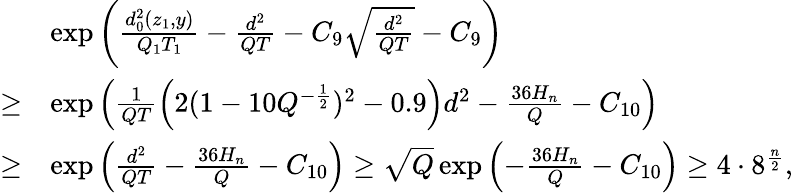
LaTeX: \begin{array}{rl}&{\exp\left(\frac{d_{0}^{2}(z_{1},y)}{Q_{1}T_{1}}-\frac{d^{2}}{QT}-C_{9}\sqrt{\frac{d^{2}}{QT}}-C_{9}\right)}\\ {\ge}&{\exp\left(\frac{1}{QT}\left(2(1-10Q^{-\frac 12})^{2}-0.9\right)d^{2}-\frac{36H_{n}}{Q}-C_{10}\right)}\\ {\ge}&{\exp\left(\frac{d^{2}}{QT}-\frac{36H_{n}}{Q}-C_{10}\right)\ge\sqrt{Q}\exp\left(-\frac{36H_{n}}{Q}-C_{10}\right)\ge 4\cdot 8^{\frac n2},}\end{array}